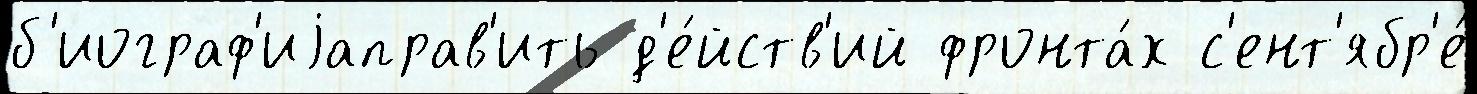
б'иограф'иjаправ'ить д'е́йств'ий фронта́х с'ент'ябр'е́